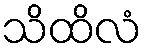
သိထိလံ